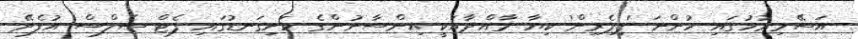
އަސޭމިރުހުގައި ހުންނަ 'ޕިޕެރިން' ކިޔާ މާއްދާއަކީ އިންސާނުންގެ ހަށިގަނޑުގައި ފެޓް ސެލްސް އުފެދޭ